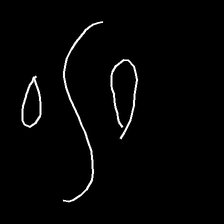
Glyph: water